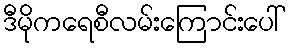
ဒီမိုကရေစီလမ်းကြောင်းပေါ်